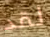
لقد